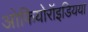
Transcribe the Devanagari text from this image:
ओफियोरॉइडियया